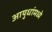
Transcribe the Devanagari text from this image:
आयुधांमध्ये